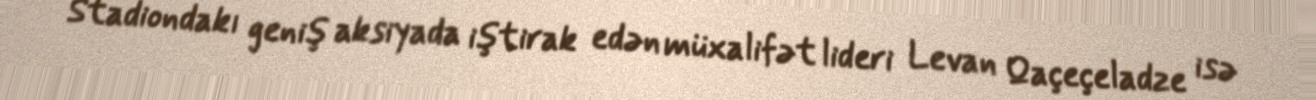
Stadiondakı geniş aksiyada iştirak edən müxalifət lideri Levan Qaçeçeladze isə